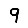
Digit: 9